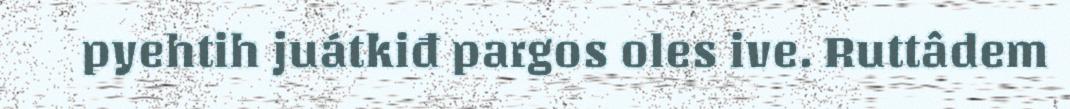
pyehtih juátkiđ pargos oles ive. Ruttâdem